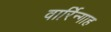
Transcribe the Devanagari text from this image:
वार्रिन्गाह